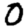
Digit: 0